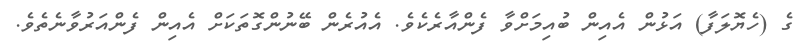
ގެ (ހެޔޮލަފާ) އަޅުން އެއިން ބުއިމަށްވާ ފެންއާރެކެވެ. އެއުރެން ބޭނުންގޮތަކަށް އެއިން ފެންއަރުވާނެތެވެ.